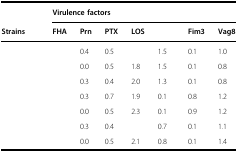
<table><thead><tr><td>[EMPTY_CELL]</td><td colspan="7"><b>Virulence factors</b></td></tr><tr><td><b>Strains</b></td><td><b>FHA</b></td><td><b>Prn</b></td><td><b>PTX</b></td><td><b>LOS</b></td><td>[EMPTY_CELL]</td><td><b>Fim3</b></td><td><b>Vag8</b></td></tr></thead><tbody><tr><td>[EMPTY_CELL]</td><td>[EMPTY_CELL]</td><td>0.4</td><td>0.5</td><td>[EMPTY_CELL]</td><td>1.5</td><td>0.1</td><td>1.0</td></tr><tr><td>[EMPTY_CELL]</td><td>[EMPTY_CELL]</td><td>0.0</td><td>0.5</td><td>1.8</td><td>1.5</td><td>0.1</td><td>0.8</td></tr><tr><td>[EMPTY_CELL]</td><td>[EMPTY_CELL]</td><td>0.3</td><td>0.4</td><td>2.0</td><td>1.3</td><td>0.1</td><td>0.8</td></tr><tr><td>[EMPTY_CELL]</td><td>[EMPTY_CELL]</td><td>0.3</td><td>0.7</td><td>1.9</td><td>0.1</td><td>0.8</td><td>1.2</td></tr><tr><td>[EMPTY_CELL]</td><td>[EMPTY_CELL]</td><td>0.0</td><td>0.5</td><td>2.3</td><td>0.1</td><td>0.9</td><td>1.2</td></tr><tr><td>[EMPTY_CELL]</td><td>[EMPTY_CELL]</td><td>0.3</td><td>0.4</td><td>[EMPTY_CELL]</td><td>0.7</td><td>0.1</td><td>1.1</td></tr><tr><td>[EMPTY_CELL]</td><td>[EMPTY_CELL]</td><td>0.0</td><td>0.5</td><td>2.1</td><td>0.8</td><td>0.1</td><td>1.4</td></tr></tbody></table>